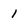
Character: 1